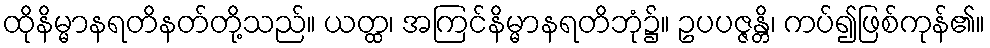
ထိုနိမ္မာနရတိနတ်တို့သည်။ ယတ္ထ၊ အကြင်နိမ္မာနရတိဘုံ၌။ ဥပပဇ္ဇန္တိ၊ ကပ်၍ဖြစ်ကုန်၏။